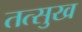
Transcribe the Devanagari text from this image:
तत्सुख